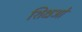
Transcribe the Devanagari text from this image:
शिक्षओं